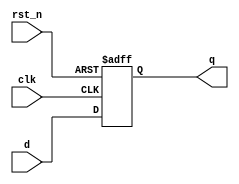
module edge_triggered_ff (
    input wire clk,       // Clock signal
    input wire rst_n,     // Active-low reset signal
    input wire d,         // Data input
    output reg q          // Data output
);

// Always block sensitive to negative edge of the clock
always @(negedge clk or negedge rst_n) begin
    if (!rst_n) begin
        // Asynchronous reset: set output to 0
        q <= 1'b0;
    end else begin
        // Capture the data input on the falling edge of the clock
        q <= d;
    end
end

endmodule